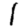
Digit: 1